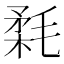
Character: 𣮪